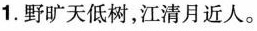
1. 野旷天低树，江清月近人。